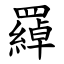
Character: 羄